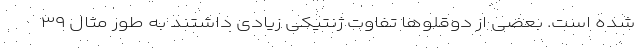
شده است. بعضی از دوقلو‌ها تفاوت ژنتیکی زیادی داشتند به طور مثال ۳۹